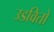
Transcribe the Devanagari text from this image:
उडवितो